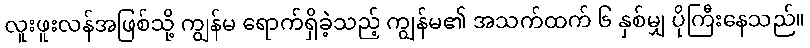
လူးဖူးလန်အဖြစ်သို့ ကျွန်မ ရောက်ရှိခဲ့သည့် ကျွန်မ၏ အသက်ထက် ၆ နှစ်မျှ ပိုကြီးနေသည်။